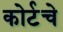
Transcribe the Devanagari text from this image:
कोर्टचे